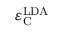
\varepsilon _ { \mathrm { C } } ^ { \mathrm { L D A } }